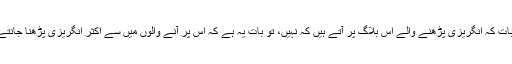
رہی بات کہ انگریزی پڑھنے والے اس بلاگ پر آتے ہیں کہ نہیں، تو بات یہ ہے کہ اس پر آنے والوں میں سے اکثر انگریزی پڑھنا جانتے ہیں۔